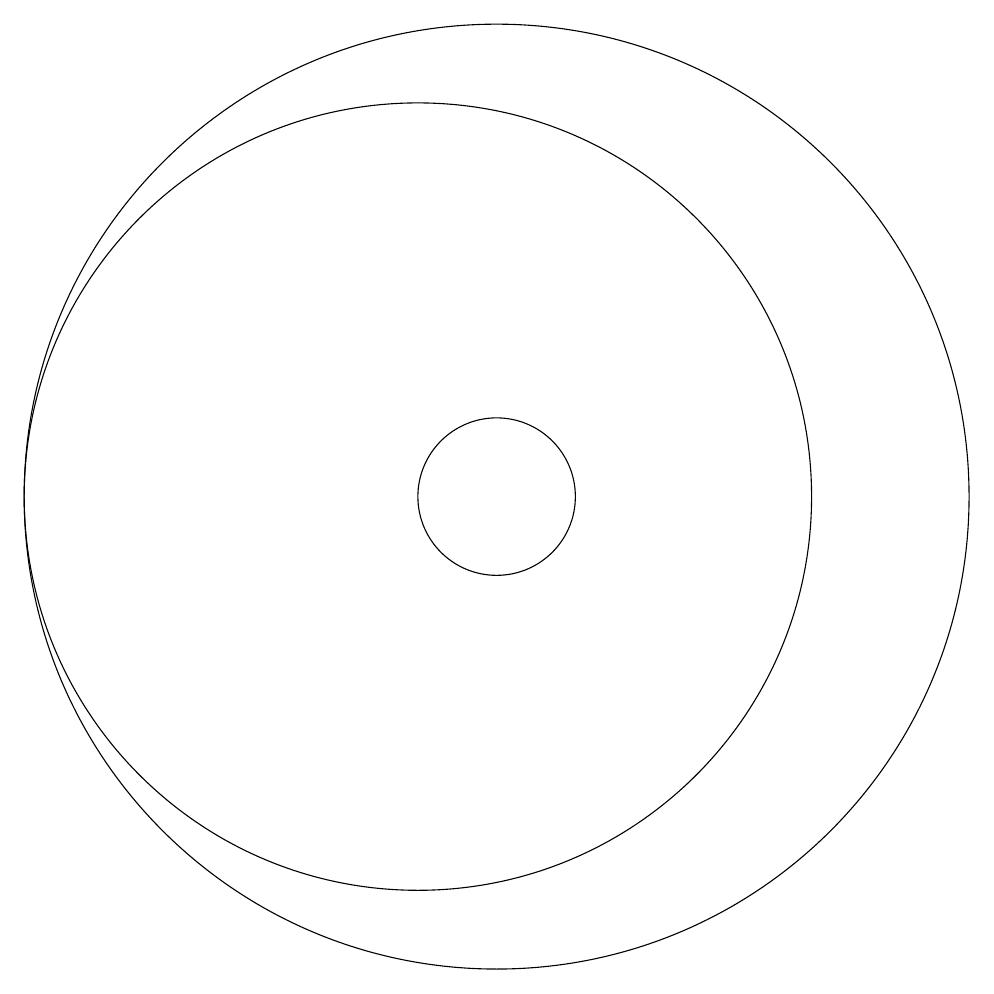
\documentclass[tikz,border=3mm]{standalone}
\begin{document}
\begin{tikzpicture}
\draw (11,10) circle (6);
\draw (11,10) circle (1);
\draw (10,10) circle (5);
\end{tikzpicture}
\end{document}